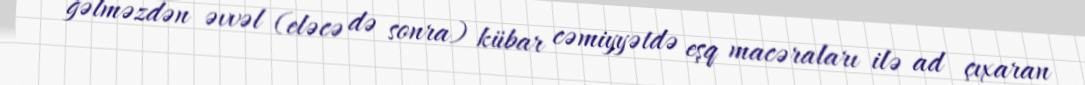
gəlməzdən əvvəl (eləcə də sonra) kübar cəmiyyətdə eşq macəraları ilə ad çıxaran